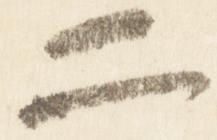
二